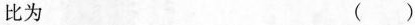
比为 ()